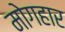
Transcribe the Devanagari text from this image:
मोगहार